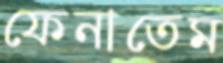
ফেনাতেম